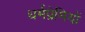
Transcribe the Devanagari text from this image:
धर्मप्रेमियों